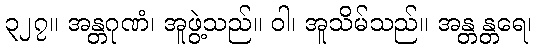
၃၂၇။ အန္တဂုဏံ၊ အူဖွဲ့သည်။ ဝါ၊ အူသိမ်သည်။ အန္တန္တရေ၊